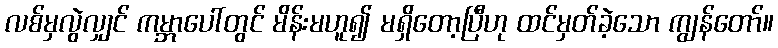
လစ်မှလွဲလျှင် ကမ္ဘာပေါ်တွင် မိန်းမဟူ၍ မရှိတော့ပြီဟု ထင်မှတ်ခဲ့သော ကျွန်တော်။